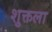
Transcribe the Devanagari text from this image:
शुक्तला